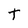
Character: t